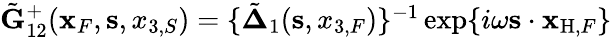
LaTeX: \begin{array}{r}{\tilde{\mathbf G}_{12}^{+}({\mathbf x}_{F},{\mathbf s},x_{3,S})=\{ \tilde{\mathbf\Delta}_{1}({{\mathbf s}},x_{3,F})\} ^{-1}\exp\{ i\omega{\mathbf s}\cdot{\mathbf x}_{\mathrm{H},F}\} }\end{array}